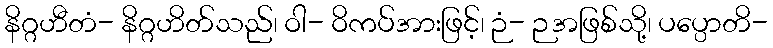
နိဂ္ဂဟီတံ- နိဂ္ဂဟိတ်သည်၊ ဝါ- ဝိကပ်အားဖြင့်၊ ဉံ- ဉအဖြစ်သို့၊ ပပ္ပောတိ-